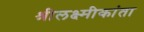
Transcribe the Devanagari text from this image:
श्रीलक्ष्मीकांता